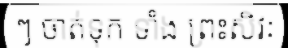
ៗ ចាត់ទុក ទាំង ព្រះសិវៈ